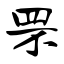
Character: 罘